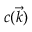
c ( \vec { k } )